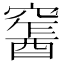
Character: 𨢛